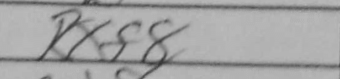
Transcription: Rxf8